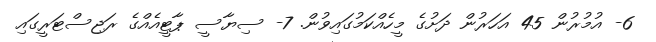
6- އުމުރުން 45 އަހަރުން ދަށުގެ މީހެއްކަމުގައިވުން. 7- ސިޔާސީ ޕާޓީއެއްގެ ރަޖިސްޓަރީގައި